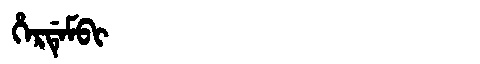
Manchu: ᡥᡝᡵᡩᡝᠮᠪᡳ
Romanization: HERDEMBI